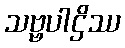
သဗ္ဗပါဌိဿ